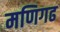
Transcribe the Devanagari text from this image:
मणिगढ